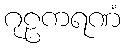
ဂုဠကရဏံ